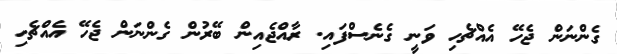
ގެންނަން ޖެހޭ އެއްޗެހި ވަނީ ގެނެސްފައި. ރާއްޖެއިން ބޭރުން ގެންނަން ޖެހޭ އެއްޗެހި